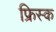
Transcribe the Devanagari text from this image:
फ्रिस्क